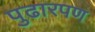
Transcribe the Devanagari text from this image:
पुढारपण